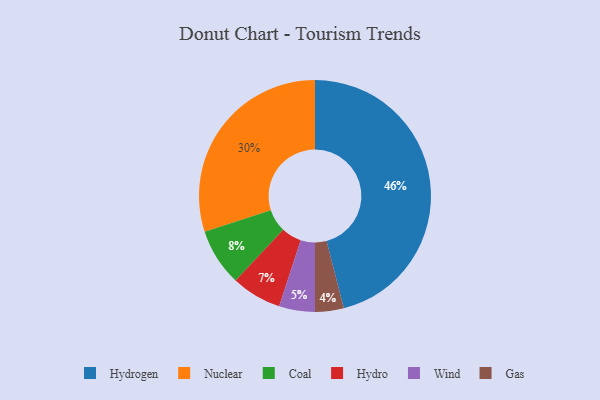
{"axis": {"x": "Category", "y": "Percentage"}, "legend": ["Coal", "Gas", "Hydro", "Hydrogen", "Nuclear", "Wind"], "data": [{"x": "Coal", "y": 8, "type": "Coal"}, {"x": "Gas", "y": 4, "type": "Gas"}, {"x": "Hydro", "y": 7, "type": "Hydro"}, {"x": "Hydrogen", "y": 46, "type": "Hydrogen"}, {"x": "Nuclear", "y": 30, "type": "Nuclear"}, {"x": "Wind", "y": 5, "type": "Wind"}]}